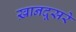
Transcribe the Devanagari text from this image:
ख़ानदूसरे